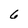
Character: 6